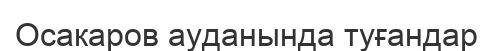
Осакаров ауданында туғандар